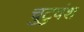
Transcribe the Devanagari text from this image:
चुटुवंश